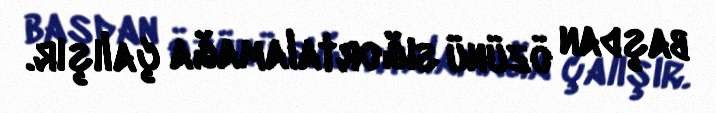
başdan özünü sığortalamağa çalışır.